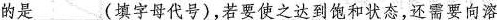
的是___(填字母代号)，若要使之达到饱和状态，还需要向溶